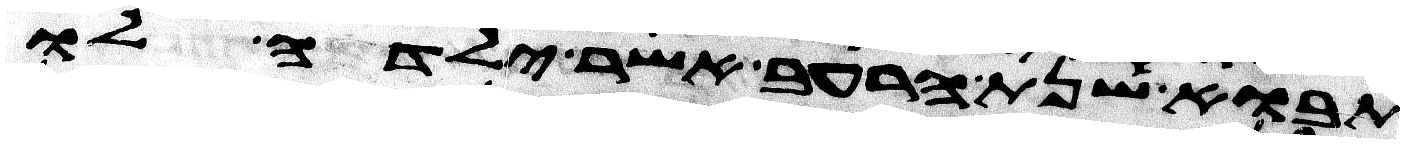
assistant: תבוא שנת הרעב אשר ילדה לו